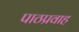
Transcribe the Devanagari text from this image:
पाठप्रवाह